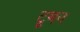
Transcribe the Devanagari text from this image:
टूमन